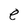
Character: e